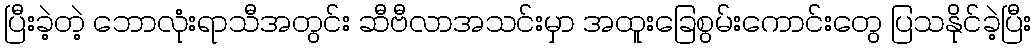
ပြီးခဲ့တဲ့ ဘောလုံးရာသီအတွင်း ဆီဗီလာအသင်းမှာ အထူးခြေစွမ်းကောင်းတွေ ပြသနိုင်ခဲ့ပြီး